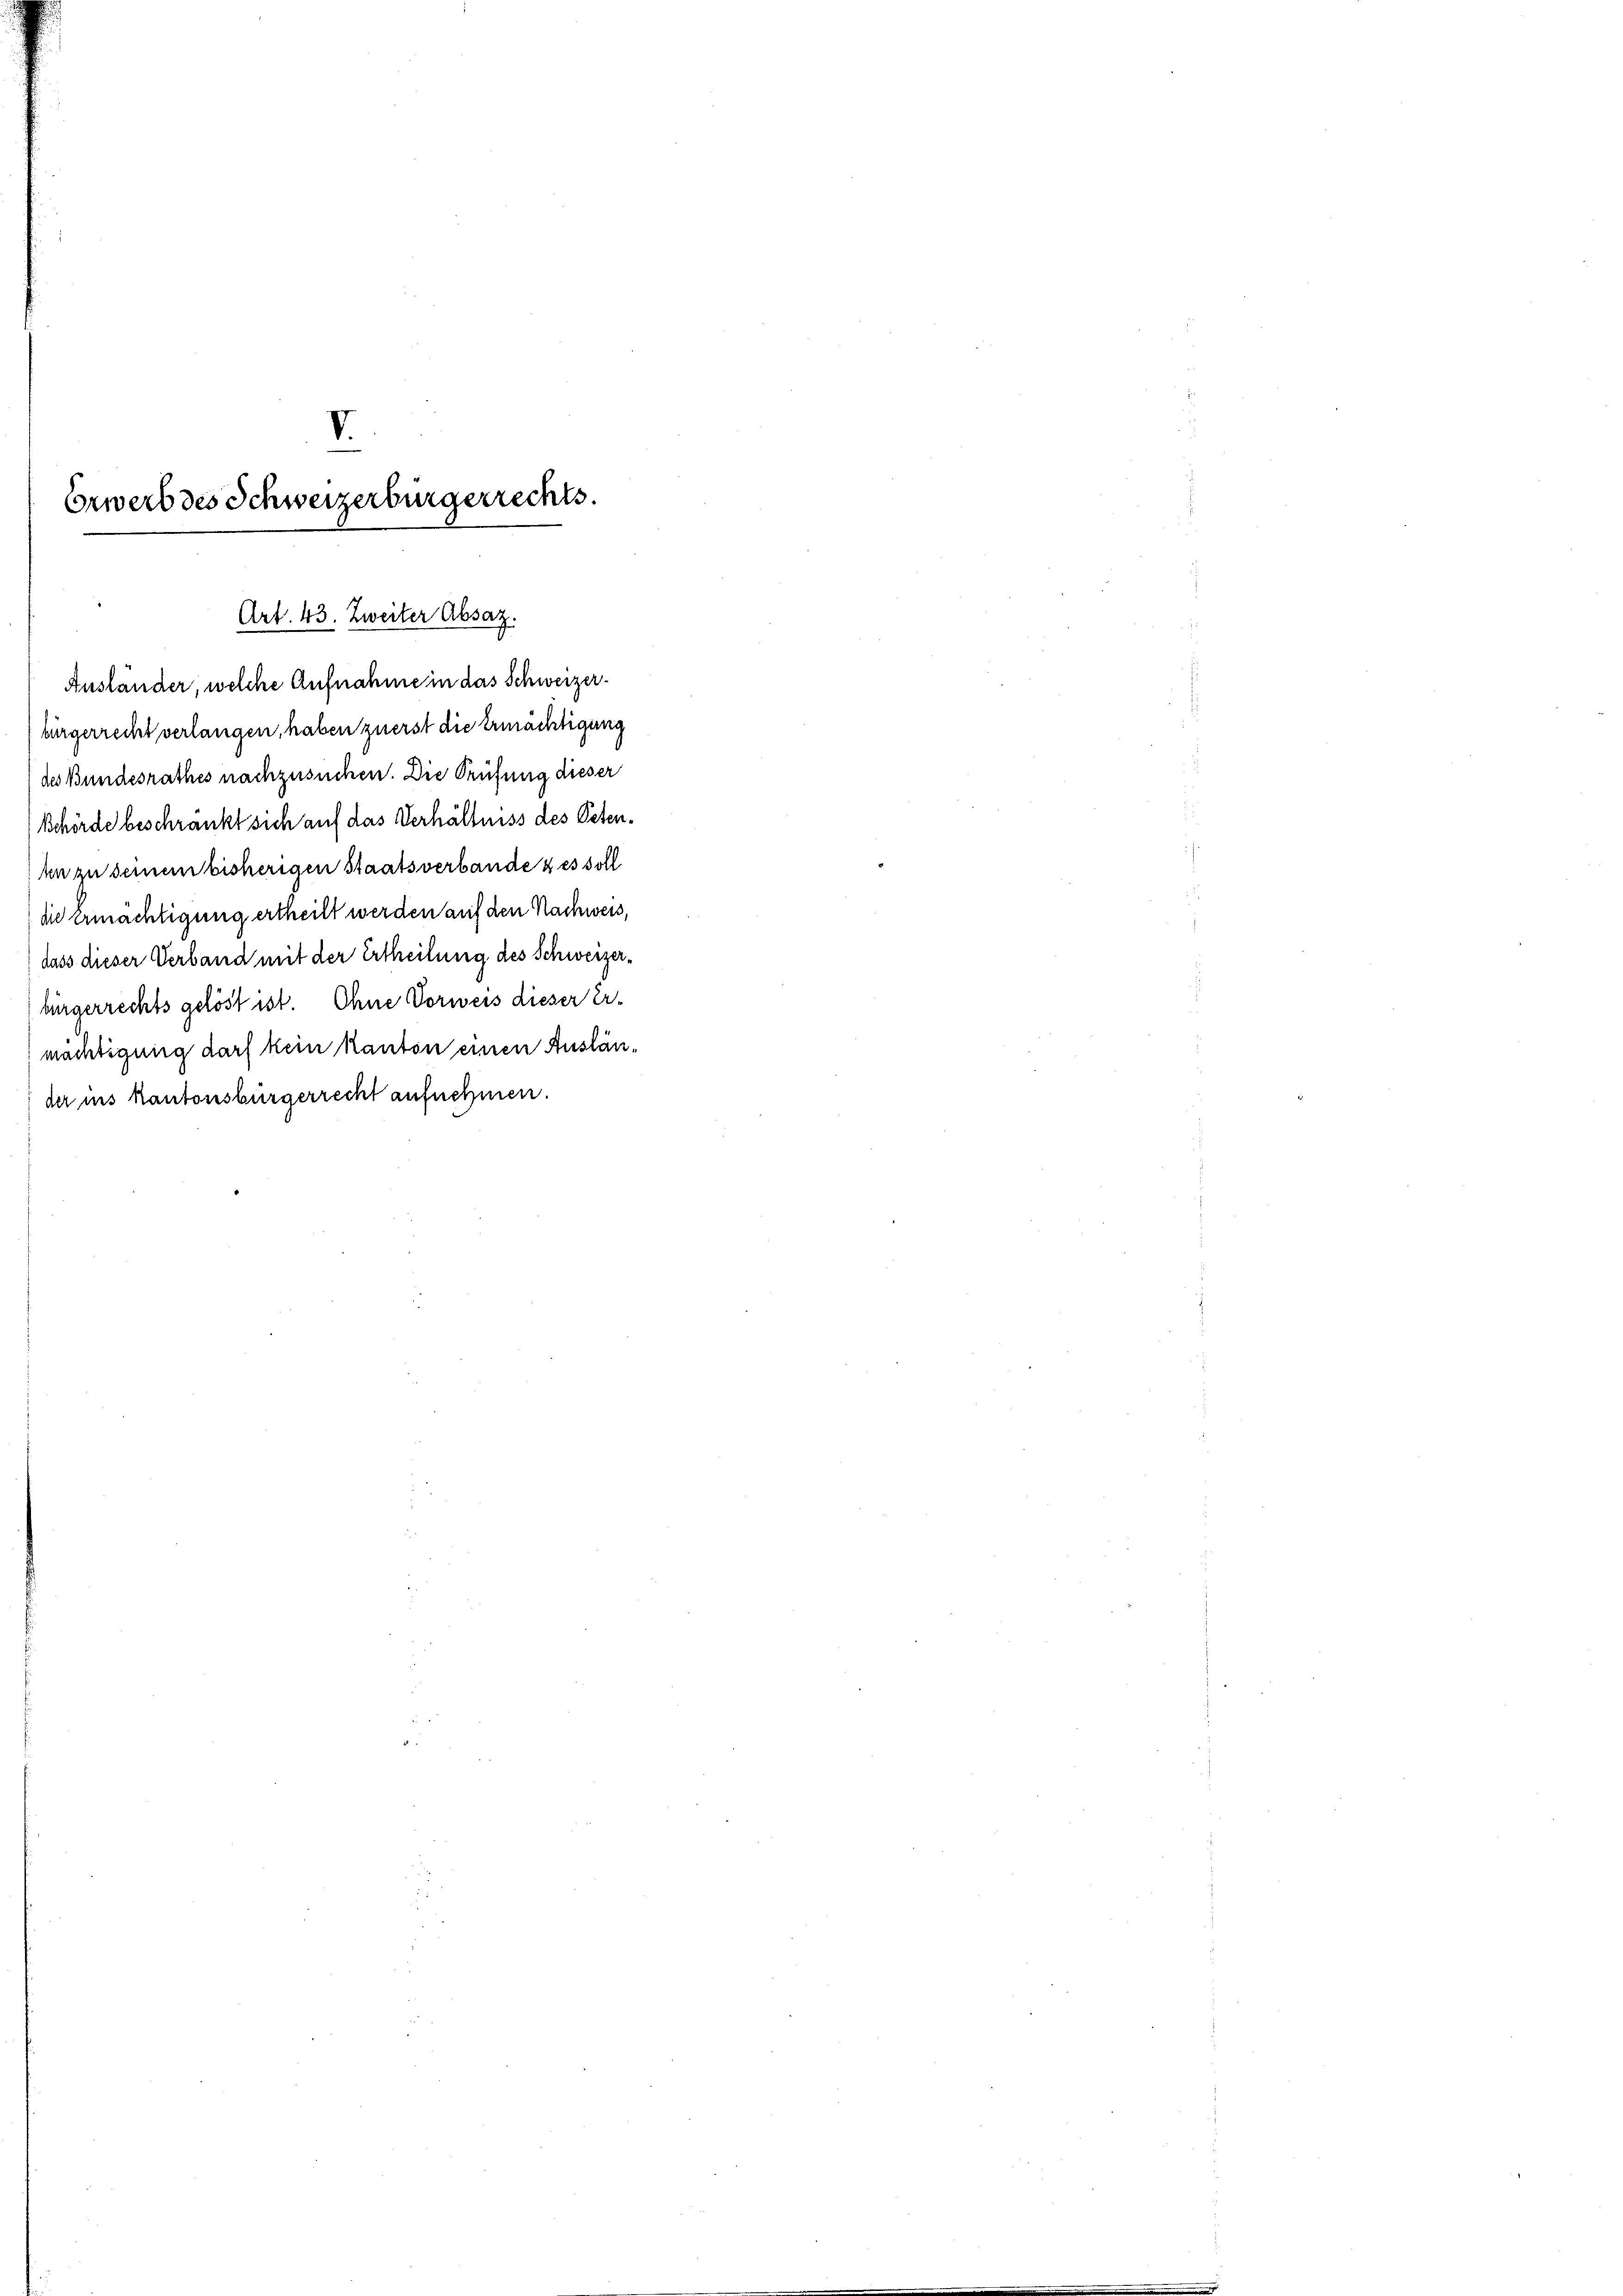
Erwerb des Schweizerbürgerrechts.

Art. 43. Zweiter Absaz.

Auslander, welche Aufnahme in das Schweizerburgerrecht verlangen, haben zuerst die Ermächtigung
des Bundesrathes nachzusuchen. Die Prüfung dieser
Behörde beschränkt sich auf das Verhältniss des Petenhn zu seinen bisherigen Staatsverbande & es soll
die ermächtigung ertheilt werden auf den Nachweis
dass dieser Verband mit der Ertheilung des Schweizerbürgerrechts gelöst ist. Ohne Vorweis dieser Er-
mächtigung darf kein kanton einen Ausländer ins Kantonsbürgerrecht aufnehmen.